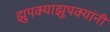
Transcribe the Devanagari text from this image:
झुपक्याझुपक्यांनी